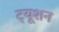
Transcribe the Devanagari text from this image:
ट्‍यूशन